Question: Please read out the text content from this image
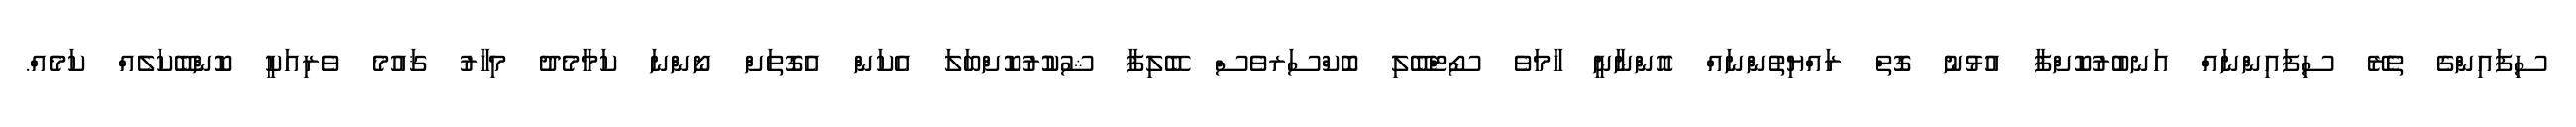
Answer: ސިފައިންގެ ތެރޭ ސިފައިންނައް އަނބުރުކޮށްފާ އުޅުނު ގޮތް ރައްޔިތުންނައް އޮންނާނީ ހާމަވެ ސޯޓްބޭލި ބޮކްސަރވެސް ބޭލިފާ ޝުކުުރުކޮށްބަލަ އެކަން އެގޮތަށް ނޯންނަ ކަމާމެދު މިހާރު ޤައުމެ ވެރިއަކީ ކޮންބޭކަލެއް ކަމެއް.